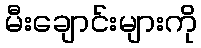
မီးချောင်းများကို